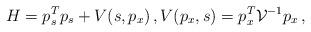
LaTeX: \begin{align*}H=p_s^T p_s+V(s,p_x)\,, V(p_x,s)= p_x^T {\cal V}^{-1} p_x\,,\end{align*}